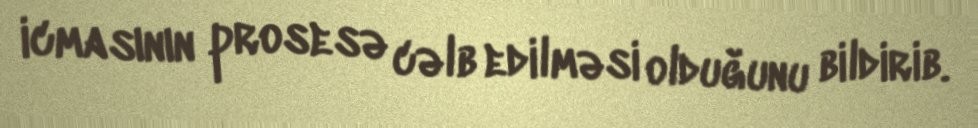
icmasının prosesə cəlb edilməsi olduğunu bildirib.